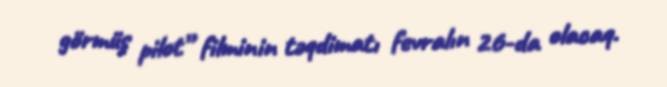
görmüş pilot” filminin təqdimatı fevralın 26-da olacaq.